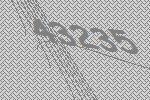
43235